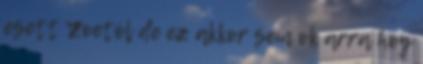
esett Zoetól de ez akkor sem ok arra hoy